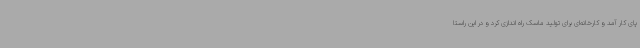
پای کار آمد و کارخانه‌ای برای تولید ماسک راه اندازی کرد و در این راستا